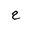
Letter: _ha